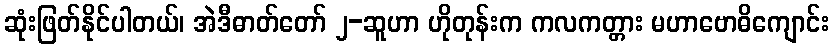
ဆုံးဖြတ်နိုင်ပါတယ်၊ အဲဒီဓာတ်တော် ၂-ဆူဟာ ဟိုတုန်းက ကလကတ္တား မဟာဗောဓိကျောင်း